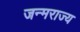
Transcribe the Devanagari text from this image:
जन्मराज्य